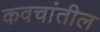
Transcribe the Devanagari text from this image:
कवचांतील